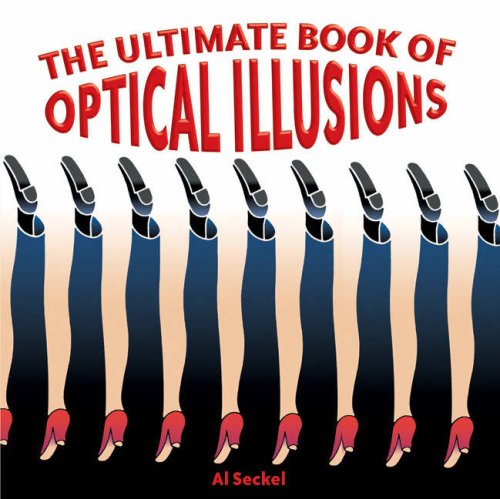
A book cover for The Ultimate Book of Optical Illusions; Al Seckel; Humor & Entertainment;